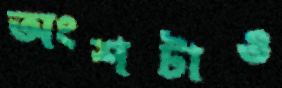
অংশটাও